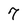
Character: 7